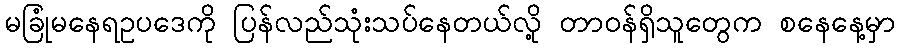
မခြုံမနေရဥပဒေကို ပြန်လည်သုံးသပ်နေတယ်လို့ တာဝန်ရှိသူတွေက စနေနေ့မှာ